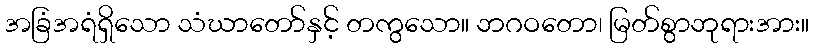
အခြံအရံရှိသော သံဃာတော်နှင့် တကွသော။ ဘဂဝတော၊ မြတ်စွာဘုရားအား။